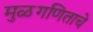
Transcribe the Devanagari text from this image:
मुळगणिताचे